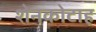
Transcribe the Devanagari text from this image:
शेनकोटाह